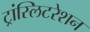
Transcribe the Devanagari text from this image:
ट्रांस्लिटरेशन